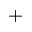
^ { + }